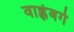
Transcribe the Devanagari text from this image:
वाह्लेबर्ग